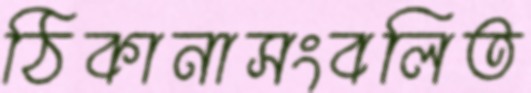
ঠিকানাসংবলিত